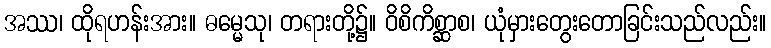
အဿ၊ ထိုရဟန်းအား။ ဓမ္မေသု၊ တရားတို့၌။ ဝိစိကိစ္ဆာစ၊ ယုံမှားတွေးတောခြင်းသည်လည်း။